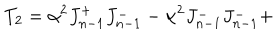
LaTeX: T _ { 2 } = \alpha ^ { 2 } J _ { n - 1 } ^ { + } J _ { n - 1 } ^ { - } - \alpha ^ { 2 } J _ { n - 1 } ^ { - } J _ { n - 1 } ^ { - } +